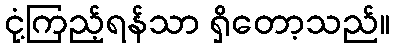
ငုံ့ကြည့်ရန်သာ ရှိတော့သည်။